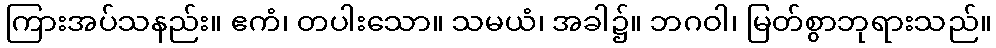
ကြားအပ်သနည်း။ ဧကံ၊ တပါးသော။ သမယံ၊ အခါ၌။ ဘဂဝါ၊ မြတ်စွာဘုရားသည်။